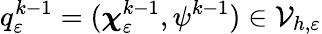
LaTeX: q_{\varepsilon}^{k-1}=(\boldsymbol{\chi}_{\varepsilon}^{k-1},\psi^{k-1})\in\mathcal{V}_{h,\varepsilon}